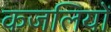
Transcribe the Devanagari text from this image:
कजलियों